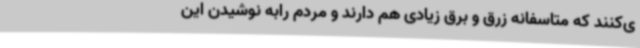
ی‌کنند که متاسفانه زرق و برق زیادی هم دارند و مردم رابه نوشیدن این